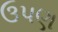
ઉપણ